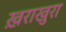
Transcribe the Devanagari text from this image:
ख़राखुरा